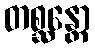
တစ္ဆန္တော